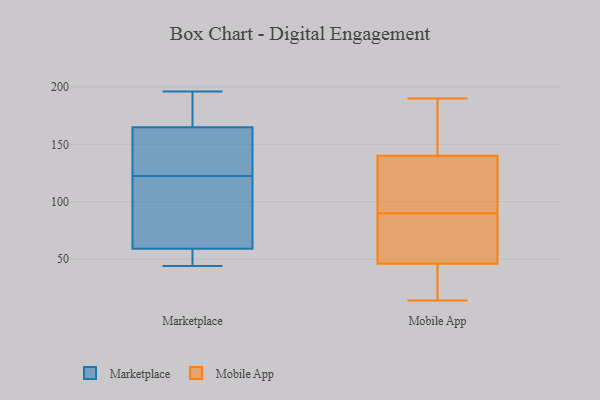
{"axis": {"x": "Revenue (USD Million)", "y": "Value"}, "legend": ["Marketplace", "Mobile App"], "data": [{"x": "", "y": 190, "type": "Marketplace"}, {"x": "", "y": 64, "type": "Marketplace"}, {"x": "", "y": 143, "type": "Marketplace"}, {"x": "", "y": 196, "type": "Marketplace"}, {"x": "", "y": 49, "type": "Marketplace"}, {"x": "", "y": 119, "type": "Marketplace"}, {"x": "", "y": 44, "type": "Marketplace"}, {"x": "", "y": 86, "type": "Marketplace"}, {"x": "", "y": 126, "type": "Marketplace"}, {"x": "", "y": 181, "type": "Marketplace"}, {"x": "", "y": 59, "type": "Marketplace"}, {"x": "", "y": 165, "type": "Marketplace"}, {"x": "", "y": 150, "type": "Marketplace"}, {"x": "", "y": 51, "type": "Marketplace"}, {"x": "", "y": 84, "type": "Mobile App"}, {"x": "", "y": 96, "type": "Mobile App"}, {"x": "", "y": 119, "type": "Mobile App"}, {"x": "", "y": 36, "type": "Mobile App"}, {"x": "", "y": 104, "type": "Mobile App"}, {"x": "", "y": 140, "type": "Mobile App"}, {"x": "", "y": 14, "type": "Mobile App"}, {"x": "", "y": 72, "type": "Mobile App"}, {"x": "", "y": 72, "type": "Mobile App"}, {"x": "", "y": 75, "type": "Mobile App"}, {"x": "", "y": 45, "type": "Mobile App"}, {"x": "", "y": 46, "type": "Mobile App"}, {"x": "", "y": 17, "type": "Mobile App"}, {"x": "", "y": 190, "type": "Mobile App"}, {"x": "", "y": 160, "type": "Mobile App"}, {"x": "", "y": 115, "type": "Mobile App"}, {"x": "", "y": 154, "type": "Mobile App"}, {"x": "", "y": 142, "type": "Mobile App"}]}